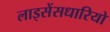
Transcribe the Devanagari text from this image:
लाइसेंसधारियो